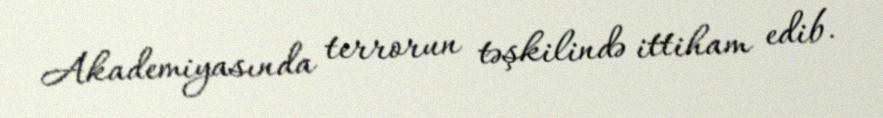
Akademiyasında terrorun təşkilində ittiham edib.